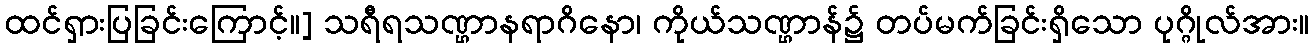
ထင်ရှားပြခြင်းကြောင့်။] သရီရသဏ္ဌာနရာဂိနော၊ ကိုယ်သဏ္ဌာန်၌ တပ်မက်ခြင်းရှိသော ပုဂ္ဂိုလ်အား။